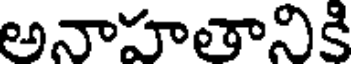
అనాహతానికి